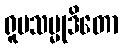
ရူပသမ္မုဒိတော